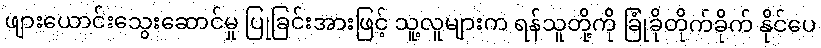
ဖျားယောင်းသွေးဆောင်မှု ပြုခြင်းအားဖြင့် သူ့လူများက ရန်သူတို့ကို ခြုံခိုတိုက်ခိုက် နိုင်ပေ